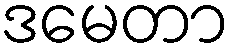
ဒမေတာ